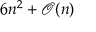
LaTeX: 6 n ^ { 2 } + { \mathcal { O } } ( n )